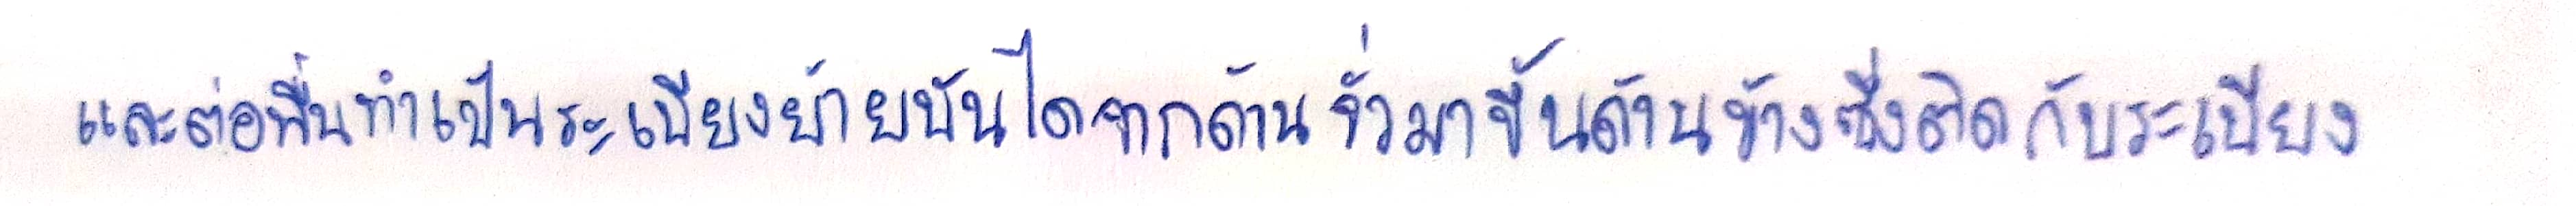
และต่อพื้นทำเป็นระเบียงย้ายบันไดจากด้านจั่วมาขึ้นด้านข้างซึ่งติดกับระเบียง